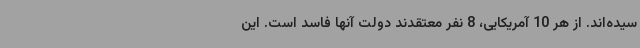
سیده‌اند. از هر 10 آمریکایی، 8 نفر معتقدند دولت آنها فاسد است. این